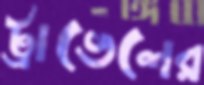
ট্রাভেলের